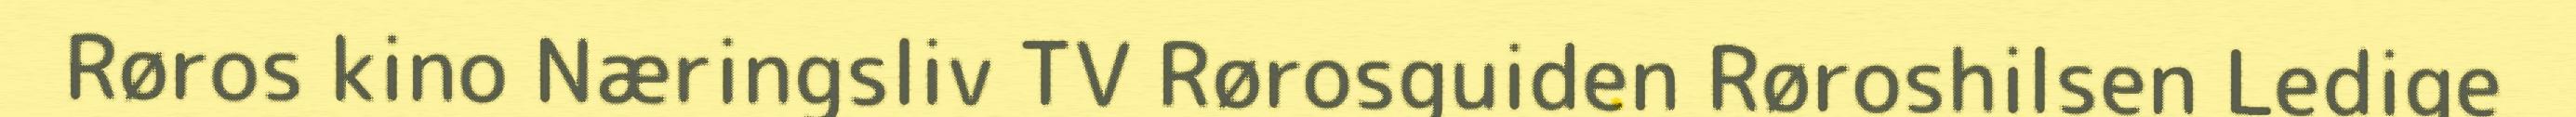
Røros kino Næringsliv TV Rørosguiden Røroshilsen Ledige